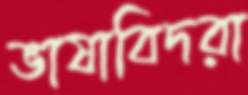
ভাষাবিদরা